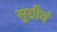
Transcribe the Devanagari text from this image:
सुग्रीवं